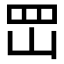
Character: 𡶩